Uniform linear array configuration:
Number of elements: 24
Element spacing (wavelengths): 0.75
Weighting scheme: uniform
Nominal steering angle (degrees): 15
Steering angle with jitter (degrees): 15.66
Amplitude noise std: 0.05
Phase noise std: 0.05

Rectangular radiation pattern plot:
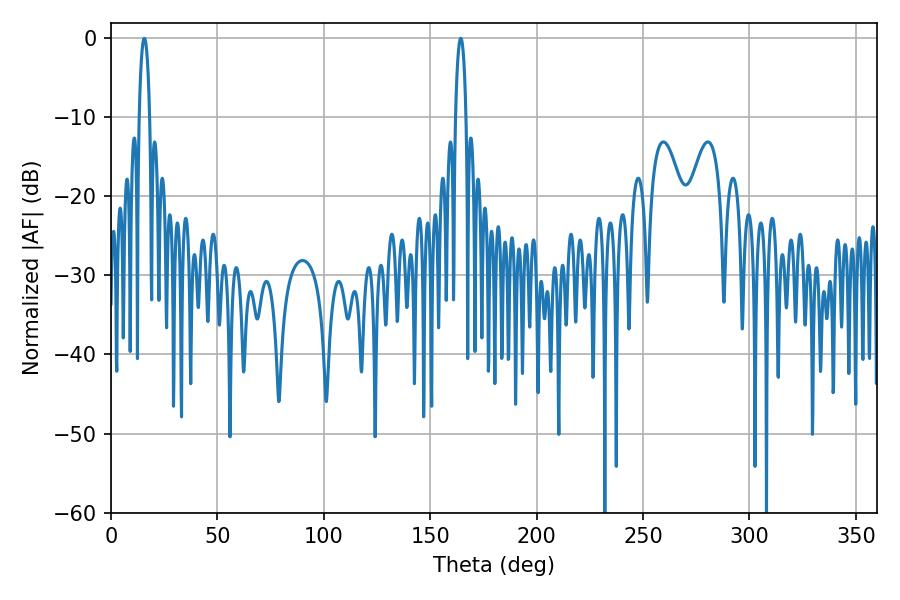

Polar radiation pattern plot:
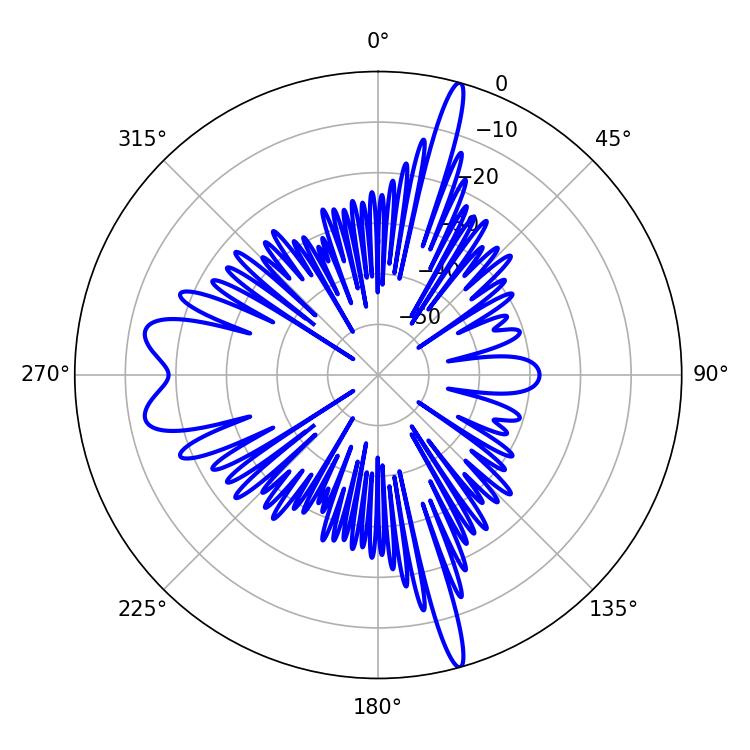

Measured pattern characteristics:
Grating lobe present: TRUE
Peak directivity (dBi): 22.673
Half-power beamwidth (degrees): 2.88
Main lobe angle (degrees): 15.66